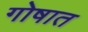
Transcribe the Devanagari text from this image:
गोषात